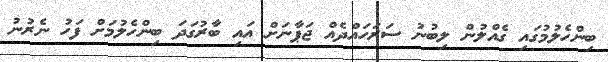
ބިންހެލުމުގައި ގެއްލުން ލިބުނު ސަރަހައްދެއް ޖަޕާނަށް އައި ބާރުގަދަ ބިންހެލުމަށް ފަހު ނެރުނު